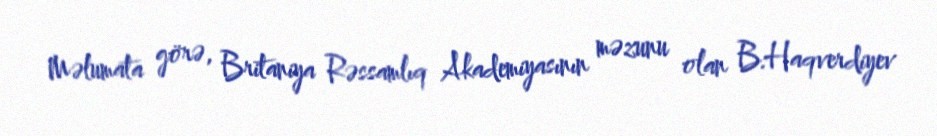
Məlumata görə, Britaniya Rəssamlıq Akademiyasının məzunu olan B.Haqverdiyev